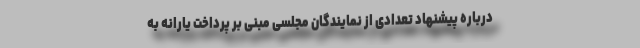
درباره پیشنهاد تعدادی از نمایندگان مجلسی مبنی بر پرداخت یارانه به